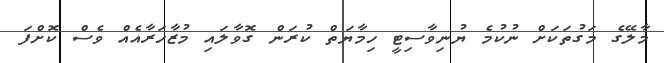
މާލޭގެ މަގުތަކަށް ނުކުމެ ޔުނިވާސިޓީ ހިމާޔަތް ކުރަން ގޮވާލައި މުޒާހަރާއެއް ވެސް ކޮށްފަ